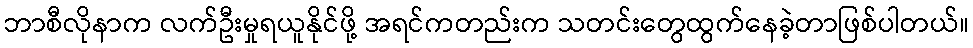
ဘာစီလိုနာက လက်ဦးမှုရယူနိုင်ဖို့ အရင်ကတည်းက သတင်းတွေထွက်နေခဲ့တာဖြစ်ပါတယ်။